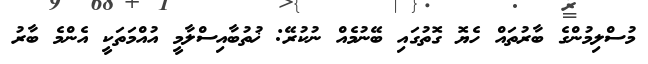
މުސްލިމުންގެ ބާރުތައް ހެޔޮ ގޮތުގައި ބޭނުމެއް ނުކުރޭ: ޚުތުބާއިސްލާމީ އުއްމަތަކީ އެންމެ ބާރު